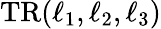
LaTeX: \mathrm{TR}(\ell_{1},\ell_{2},\ell_{3})